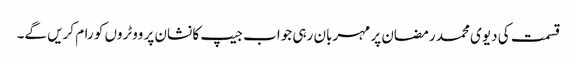
قسمت کی دیوی محمد رمضان پر مہربان رہی جواب جیپ کا نشان پر ووٹروں کو رام کریں گے۔